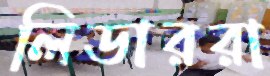
লিডাররা